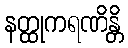
နတ္ထုကရဏိန္တိ